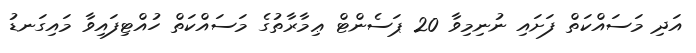
އަދި މަސައްކަތް ފަށައި ނުނިމިވާ 20 ޕަސެންޓް ޢިމާރާތުގެ މަސައްކަތް ހުއްޓިފައިވާ މައިގަނޑު